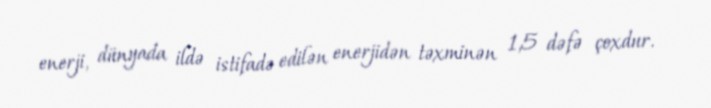
enerji, dünyada ildə istifadə edilən enerjidən təxminən 1,5 dəfə çoxdur.